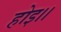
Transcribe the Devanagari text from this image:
होइ।।